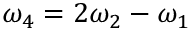
\omega _ { 4 } = 2 \omega _ { 2 } - \omega _ { 1 }